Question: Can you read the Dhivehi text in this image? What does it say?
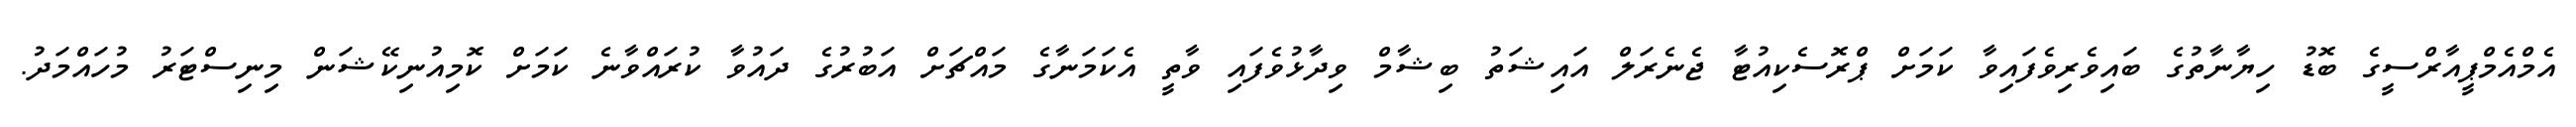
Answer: އެމްއެމްޕީއާރްސީގެ ބޮޑު ހިޔާނާތުގެ ބައިވެރިވެފައިވާ ކަމަށް ޕްރޮސެކިއުޓާ ޖެނެރަލް އައިޝަތު ބިޝާމް ވިދާޅުވެފައި ވާތީ އެކަމަނާގެ މައްޗަށް އަބުރުގެ ދައުވާ ކުރައްވާނެ ކަމަށް ކޮމިއުނިކޭޝަން މިނިސްޓަރު މުހައްމަދު.